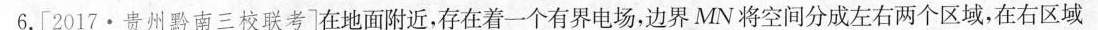
6.[2017\cdot 贵州黔南三校联考]在地面附近，存在着一个有界电场，边界MN将空间分成左右两个区域，在右区域